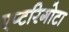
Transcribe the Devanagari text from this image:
एप्टरिगोटा